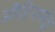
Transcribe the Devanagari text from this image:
डौडियाखेड़ा